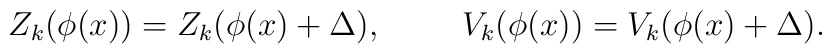
Z_k (\phi(x)) = Z_k (\phi(x) + \Delta), \hskip 1cm V_k (\phi(x)) = V_k (\phi(x) + \Delta).